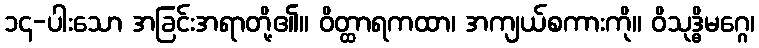
၁၄-ပါးသော အခြင်းအရာတို့၏။ ဝိတ္ထာရကထာ၊ အကျယ်စကားကို။ ဝိသုဒ္ဓိမဂ္ဂေ၊